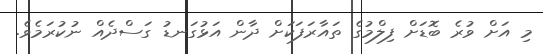
މި އަށް ވުރެ ބޮޑަށް ފިލްމުގެ ތައާރަފަކަށް ދާން އަޅުގަނޑު ގަސްދެއް ނުކުރަމެވެ.